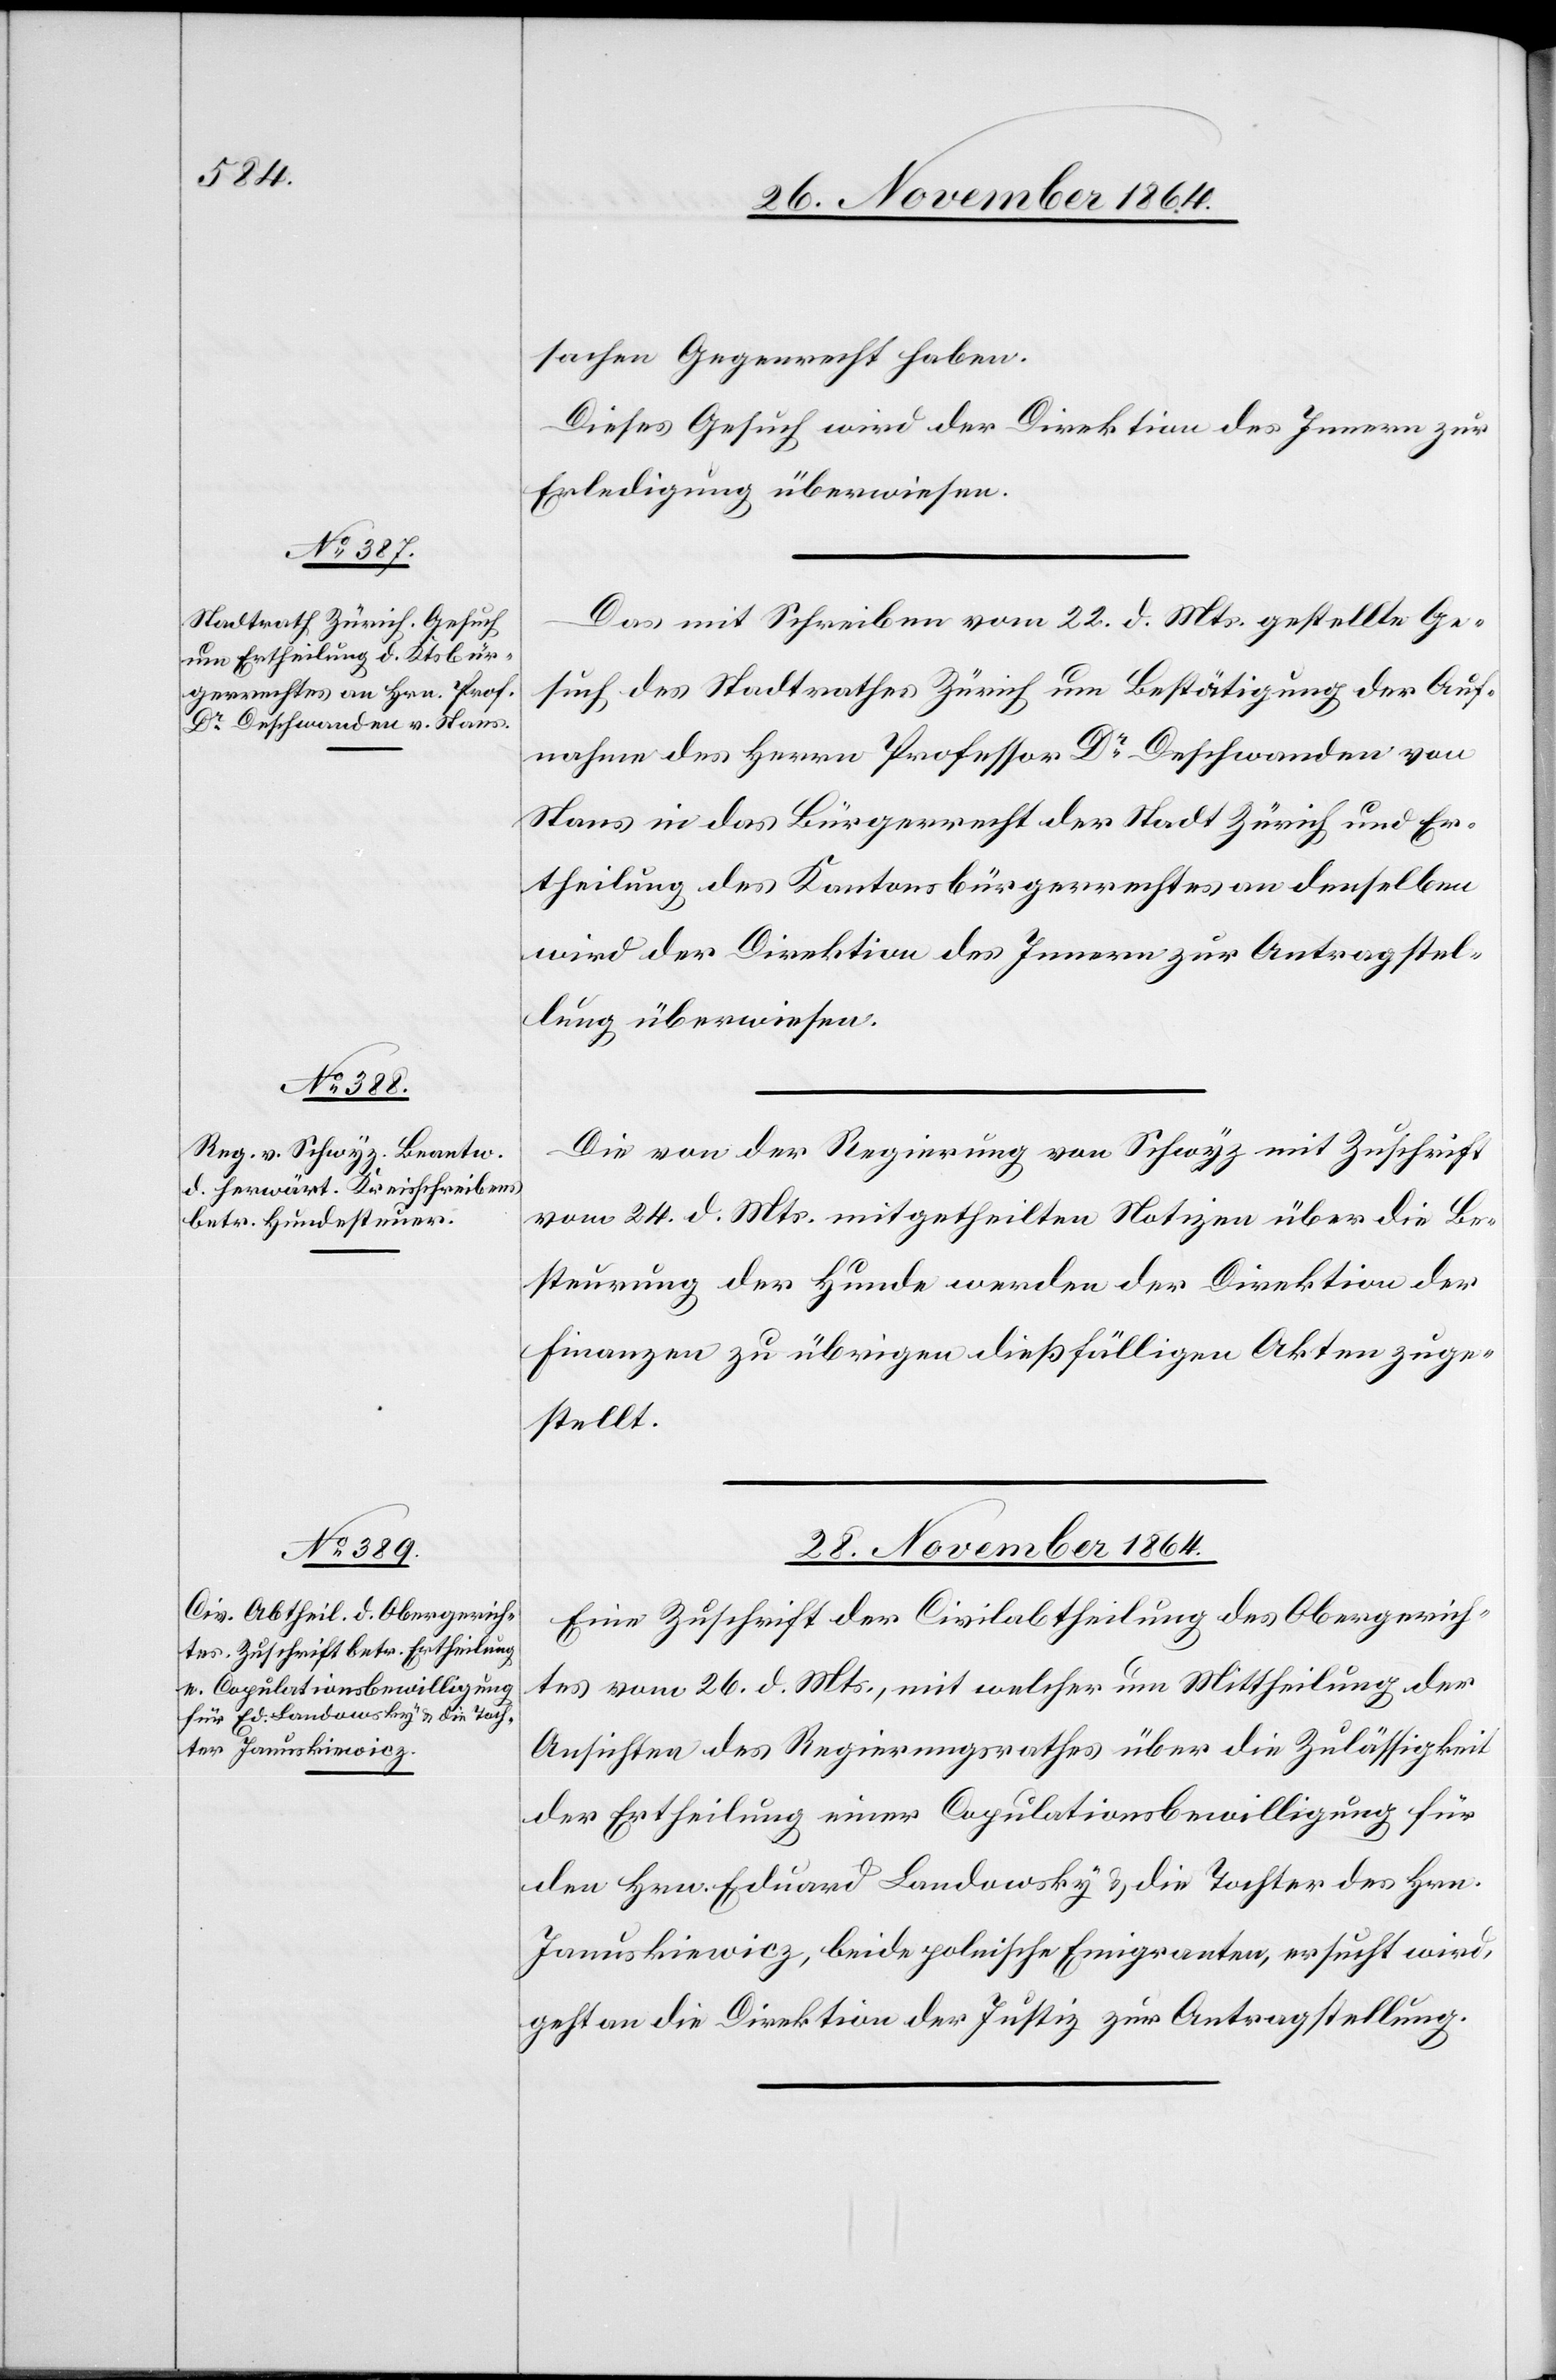
sachen Gegenrecht haben.
Dieses Gesuch wird der Direktion des Innern zur
Erledigung überwiesen.
Das mit Schreiben vom 22. d. Mts. gestellte Ge¬
such des Stadtrathes Zürich um Bestätigung der Auf¬
nahme des Herrn Professor Dr Deschwanden von
Stans in das Bürgerrecht der Stadt Zürich und Er¬
theilung des Kantonsbürgerrechtes an denselben
wird der Direktion des Innern zur Antragstel¬
lung überwiesen.
Die von der Regierung von Schwyz mit Zuschrift
vom 24. d. Mts. mitgetheilten Notizen über die Be¬
steurung der Hunde werden der Direktion der
Finanzen zu [den] übrigen dießfälligen Akten zuge¬
stellt.
28. November 1864.
Eine Zuschrift der Civilabtheilung des Obergerich¬
tes vom 26. d. Mts., mit welcher um Mittheilung der
Ansichten des Regierungsrathes über die Zulässigkeit
der Ertheilung einer Copulationsbewilligung für
den Hrn. Eduard Landowsky & die Tochter des Hrn.
Januskiewicz, beide polnische Emigranten, ersucht wird,
geht an die Direktion der Justiz zur Antragstellung.